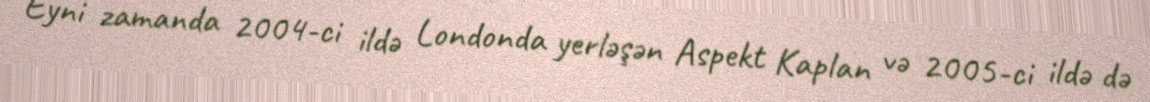
Eyni zamanda 2004-ci ildə Londonda yerləşən Aspekt Kaplan və 2005-ci ildə də